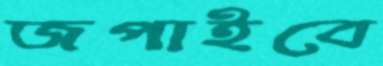
জপাইবে